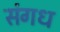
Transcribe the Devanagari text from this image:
संगध